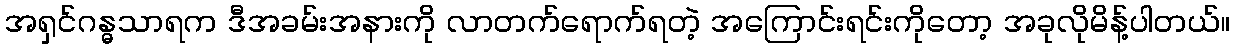
အရှင်ဂန္ဓသာရက ဒီအခမ်းအနားကို လာတက်ရောက်ရတဲ့ အကြောင်းရင်းကိုတော့ အခုလိုမိန့်ပါတယ်။